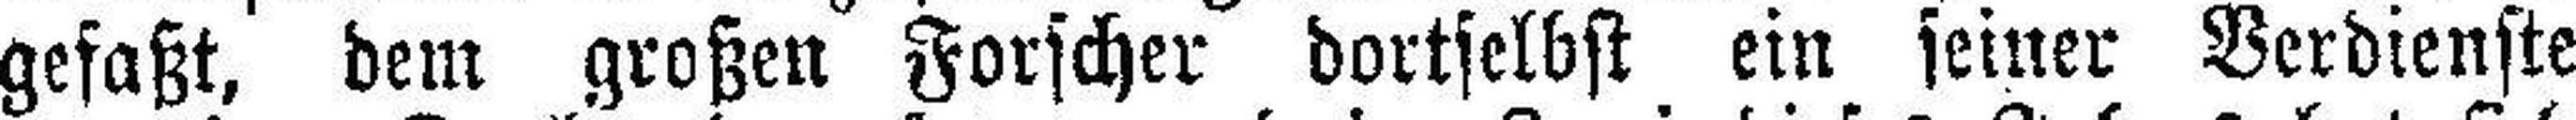
gefaßt, dem großen Forscher dortselbst ein seiner Verdienste